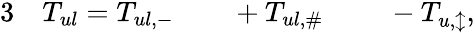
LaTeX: \begin{array}{rlrlrl}{{3}}&{{}T_{ul}=T_{ul,-}}&{}&{{}+T_{ul,\# }}&{}&{{}\: -T_{u,\updownarrow},}\end{array}